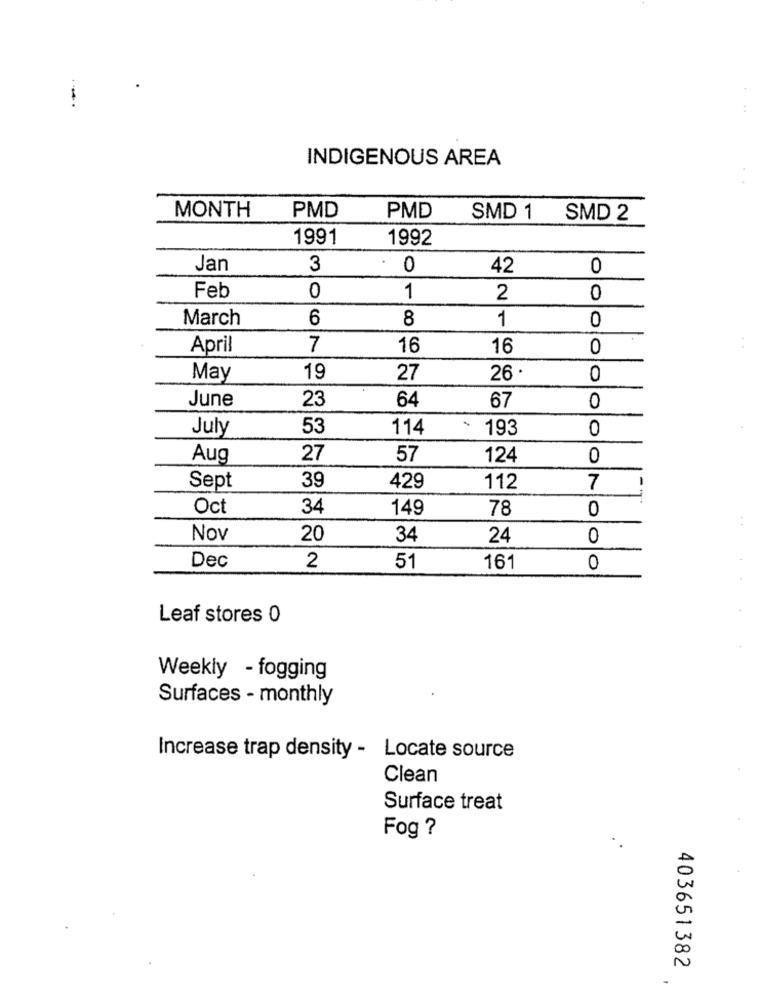
--.
INDIGENOUS AREA
MONTH
PMD
PMD
SMD 1 SMD 2
1991
1992
Jan
3
0
42
0
Feb
0
1
2
0
March
6
8
1
0
April
7
16
16
0
May
19
27
26
0
June
64
0
23
67
July
53
114
.
193
0
Aug
27
57
124
0
Sept
39
429
112
7
Oct
34
149
78
0
Nov
20
34
24
0
Dec
2
51
161
0
Leaf stores 0
Weekly - fogging
Surfaces - monthly
Increase trap density - Locate source
Clean
Surface treat
Fog ?
403651382